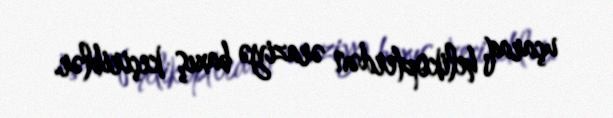
uçaraq, helikopterdən əraziyə baxış keçiriblər.